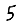
Digit: 5